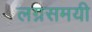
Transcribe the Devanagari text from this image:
लग्नसमयी